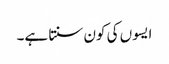
ایسوں کی کون سنتا ہے۔